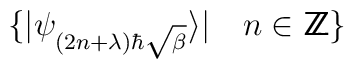
\{ \vert \psi_{(2n+\lambda)\hbar\sqrt{\beta}} \rangle \vert \quad n \in {\:\mbox{\sf Z} \hspace{-0.82em} \mbox{\sf Z}\,} \}